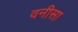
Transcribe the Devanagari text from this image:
वनीसा